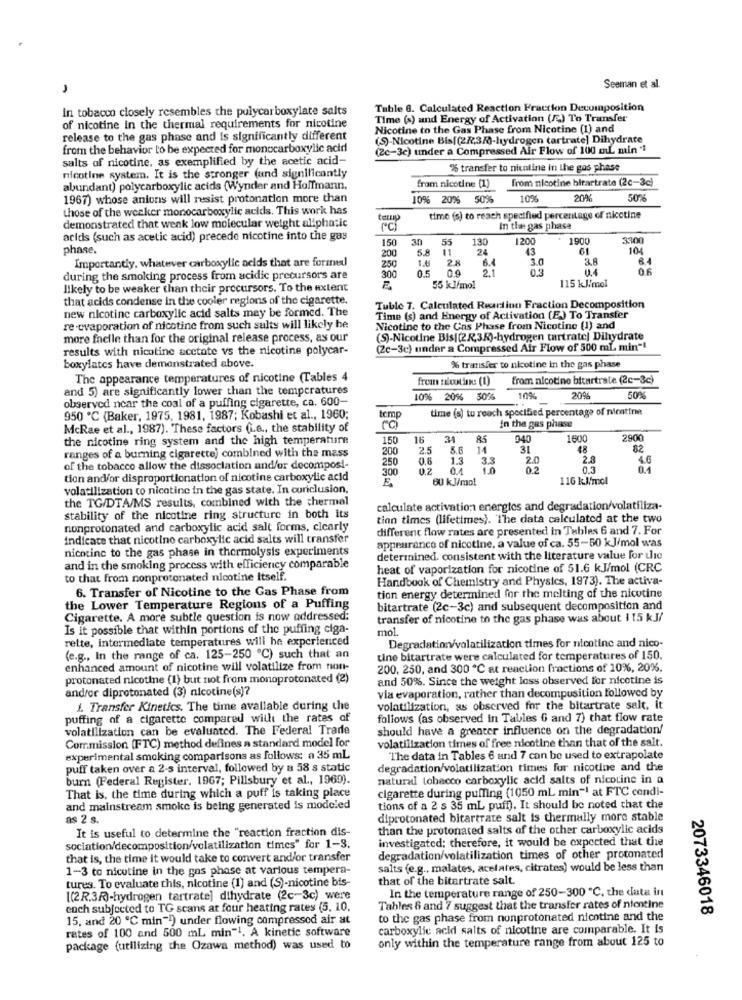
Seeman et al.
in tobacco closely resembles the polycarboxylate salts
Table 6. Calculated Reaction Fraction Decomposition
Time (s) and Energy of Activation (A) To Transfer
of nicotine in the thermal requirements for nicotine
Nicotine to the Gas Phase from Nicotine (1) and
release to the gas phase and Is significantly different
(S)-Nicotine Bis[(2/3/0-hydrogen tartrate] Dihydrate
from the behavior to be expected for monocarboxylic acid
(2c-3c) under a Compressed Air Flow of 100 ml min "1
salts of nicotine, as exemplified by the acetic acid-
% transfer to nicotine in the gas phase
nicotine system. It is the stronger (and significantly
from nicotine (1)
from nicotine bitartrate (2c-3c)
abundant) polycarboxylic acids (Wynder and Holfmann,
1967) whose anions will resist protonation more than
10% 20% 50%
10%
20%
5076
those of the weaker monocarboxylic acids. This work has
tusup
time (s) to reach specified percentage of nicotine
demonstrated that wenk low molecular weight aliphatic
In the gas phase
acids (such as acetic acid) precede nicotine into the gas
150
an
55
130
1200
1900
33:00
phase.
5.8
24
43
61
104
Importantly, whatever carboxylic acids that are formed
200
2.8
6.
3.0
3.8
250
0.5
0.9
2.1
0.3
0.4
Of
during the smoking process from acidic precursors are
300
likely to be weaker than their precursors. To the extent
55 KJ/mol
115 kJ/mol
that acids condense in the cooler regions of the cigarette.
new nicotine carboxylic acid salts may be formed. The
Tuble T. Calculated Rearsinn Fraction Decomposition
Time (s) and Energy of Activation (E) To Transfer
re evaporation of nicotine from such sults will likely he
Nicotine to the Cus Phase from Nicotine (1) and
more facile than for the original release process, as our
(S)-Nicotine Bis[(2R,3K)-hydrogen tartrate] Dihydrate
results with nicotine acetate vs the nicotine polycar-
(2c-3c) under a Compressed Air Flow of 500 ml min"!
boxylates have demonstrated above.
% transfer to nicotine in the gas phase
The appearance temperatures of nicotine (Tables 4
from nicotine: (1)
from nicotine bitartrate (2c-3c)
and 5) are significantly lower than the temperatures
observed near the coal of a puffing cigarette, ca. 600-
10% 20%
30%
100%
20%
50%
time (s) to reach specified percentage of nicatine
950 ℃ (Baker, 1975, 1981, 1987; Kobashi et al ., 1960;
temp
McRae et al ., 1987). These factors (i.e ., the stability of
in the gas phase
the nicotine ring system and the high temperature
150
16
34
85
940
1600
2900
ranges of a burning cigarette) combined with the mass
200
2.5
14
31
48
82
250
0.6
1.5
38
2.0
2.3
4.6
of the tobacco allow the dissociation and/or decomposi-
300
0.2
0.2
0.3
0.1
tion and/or disproportionation of nicotine carboxylic acid
90 KJ/mol
116 KJ/mol
volatilization to nicotine in the gas state. In conclusion,
the TG/DTA/MS results, combined with the thermal
calculate activation energies and degradation/volatiliza-
stability of the nicotine ring structure in both its
tinn times (lifetimes). The data calculated at the two
nonprotonated and carboxylic acid salt forms, clearly
different flow rates are presented in Tables 6 and 7. For
indicate that nicotine carboxylic acid salts will transfer
appearance of nicotine, a value of ca. 55-50 KJ/mol was
nicotine to the gas phase in thormolysis experiments
determined. consistent with the literature value for the
and in the smoking process with efficiency comparable
heat of vaporization for nicotine of 51.6 KJ/mol (CRC
to that from nonprotonated nicotine itself.
Handbook of Chemistry and Physics, 1973). The activa-
6. Transfer of Nicotine to the Gas Phase from
tion energy determined for the melting of the nicotine
the Lower Temperature Regions of a Puffing
bitartrate (2c-3c) and subsequent decomposition and
Cigarette. A more subtle question is now addressed:
transfer of nicotine to the gas phase was about 115 kJ/
Is it possible that within portions of the puffing ciga-
mol.
rette, intermediate temperatures will be experienced
Degradation/volatilization times for nicotine and nico-
(e.g ., In the range of ca. 125-250 ℃) such that an
tine bitartrate were calculated for temperatures of 150.
enhanced amount of nicotine will volatilize from tion-
200, 250, and 300 ℃ at reaction fractions of 10%, 20%.
protonated nicotine (1) but not from monoprotonated (2)
and 50%. Since the weight loss observed for nicotine is
and/or diprotonated (3) nicotine(s)?
via evaporation, rather than decompusition followed by
i. Transfer Kinetics. The time available during the
volatilization, as observed for the bitartrate salt, it
puffing of a cigarette compared will the rates of
follows (as observed in Tables 6 and 7) that flow rate
volatilization can be evaluated. The Federal Trade
should have a greater influence on the degradation/
Commission (FTC) method defines a standard model for
volatilization times of free nicotine than that of the salt.
experimental smoking comparisons as follows: a 35 mL
The data in Tables 6 and 7 can be used to extrapolate
puff taken over a 2-3 interval, followed by a 58 s static
degradation/volatilization times for nicotine and the
burn (Federal Register. 1967; Pillsbury et al ., 1969).
natural tobacco carboxylic acid salts of nicotine in a
cigarette during puffing (1050 mL min"! at FTC condi-
That is, the time during which a puff is taking place
and mainstream smoke is being generated is modeled
tions of a 2 s 35 mL puff). It should be noted that the
as 2 s.
diprotonated bitartrate salt is thermally more stable
It is useful to determine the "reaction fraction dis-
than the protonated salts of the other carboxylic acids
investigated; therefore, it would be expected that the
sociation/decomposition/volatilization times" for 1-3.
that is, the time it would take to convert and/or transfer
degradation/volatilization times of other protonated
1-3 to nicotine in the gas phase at various tempera-
salts (e.g ., malates, acelates, citrates) would be less than
tures. To evaluate this, nicotine (1) and (S)-nicotine bis-
that of the bitartrate salt.
In the temperature range of 250-300 ℃. the data in
[(2R.3R)-hydrogen tartrate] dihydrate (2c-3c) were
each subjected to TG scans at four heating rates (5. 10.
Tables & and 7 suggest that the transfer rates of nicotine
2073346018
15, and 20 ℃ min"!) under flowing compressed air at
to the gas phase from nonprotonated nicotine and the
rates of 100 and 500 mL min-1. A kinetic software
carboxylic acid salts of nicotine are comparable. It is
only within the temperature range from about 125 to
package (utilizing the Ozawa method) was used to